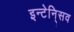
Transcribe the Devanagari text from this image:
इन्टेनि्सव